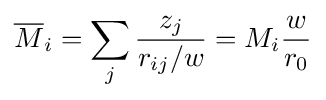
{\overline {M}}_{i}=\sum _{j}{\frac {z_{j}}{r_{ij}/w}}=M_{i}{\frac {w}{r_{0}}}